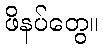
ဖိနပ်တွေ။